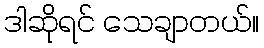
ဒါဆိုရင် သေချာတယ်။